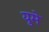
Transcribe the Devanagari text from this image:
युमे